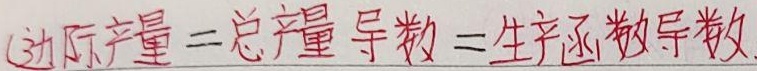
边际产量 = 总产量导数 = 生产函数导数

如果需要用公式表达，可写为：边际产量 \(MP = \frac{dTP}{dL} = \frac{df(L)}{dL}\)（这里假设生产函数为 \(TP = f(L)\)，以劳动投入 \(L\) 为例 ，具体可根据实际情况调整变量 ）。但按照你要求仅对原句处理，结果就是第一行。